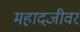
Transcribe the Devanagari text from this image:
महादजीवर